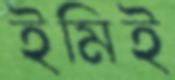
ইমিই